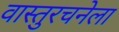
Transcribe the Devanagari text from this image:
वास्तुरचनेला